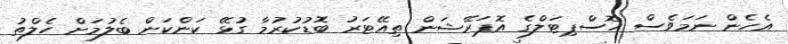
އެހެން ނަމަވެސް ހޮސްޕިޓަލްގެ އޮޕަރޭޝަން ތިއޭޓަރު ބޮޑުކުރުމާ ގުޅޭ ކަންކަން ބެލުމަށް ހެލްތު